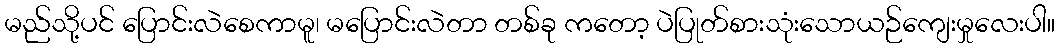
မည်သို့ပင် ပြောင်းလဲစေကာမူ၊ မပြောင်းလဲတာ တစ်ခု ကတော့ ပဲပြုတ်စားသုံးသောယဉ်ကျေးမှုလေးပါ။